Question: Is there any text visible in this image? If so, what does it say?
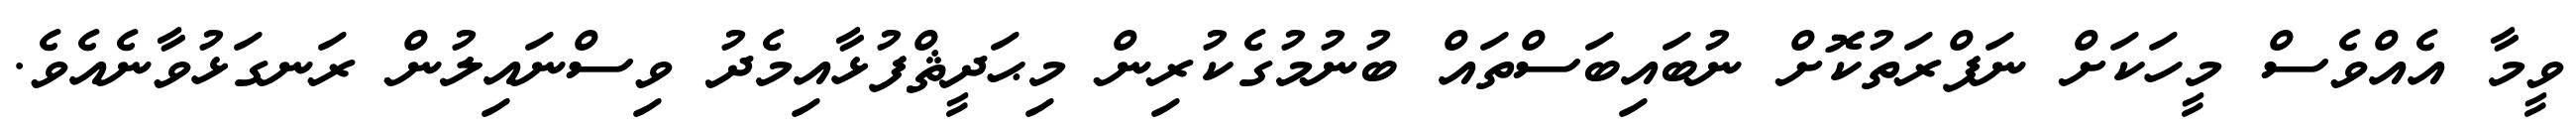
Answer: ވީމާ އެއްވެސް މީހަކަށް ނަފްރަތުކޮށް ނުބައިބަސްތައް ބުނުމުގެކުރިން މިޙަދީޘްފުޅާއިމެދު ވިސްނައިލުން ރަނގަޅުވާނެއެވެ.